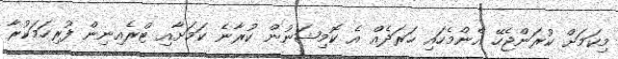
މިކަމަށް ކުރަންޖެހޭ އެންމެހައި ހަރަދެއް އެ ކޮމިޝަނުން ކުރާނެ ކަމަށާއި ޓްރެއިނިން ފުރިހަމަކުރާ